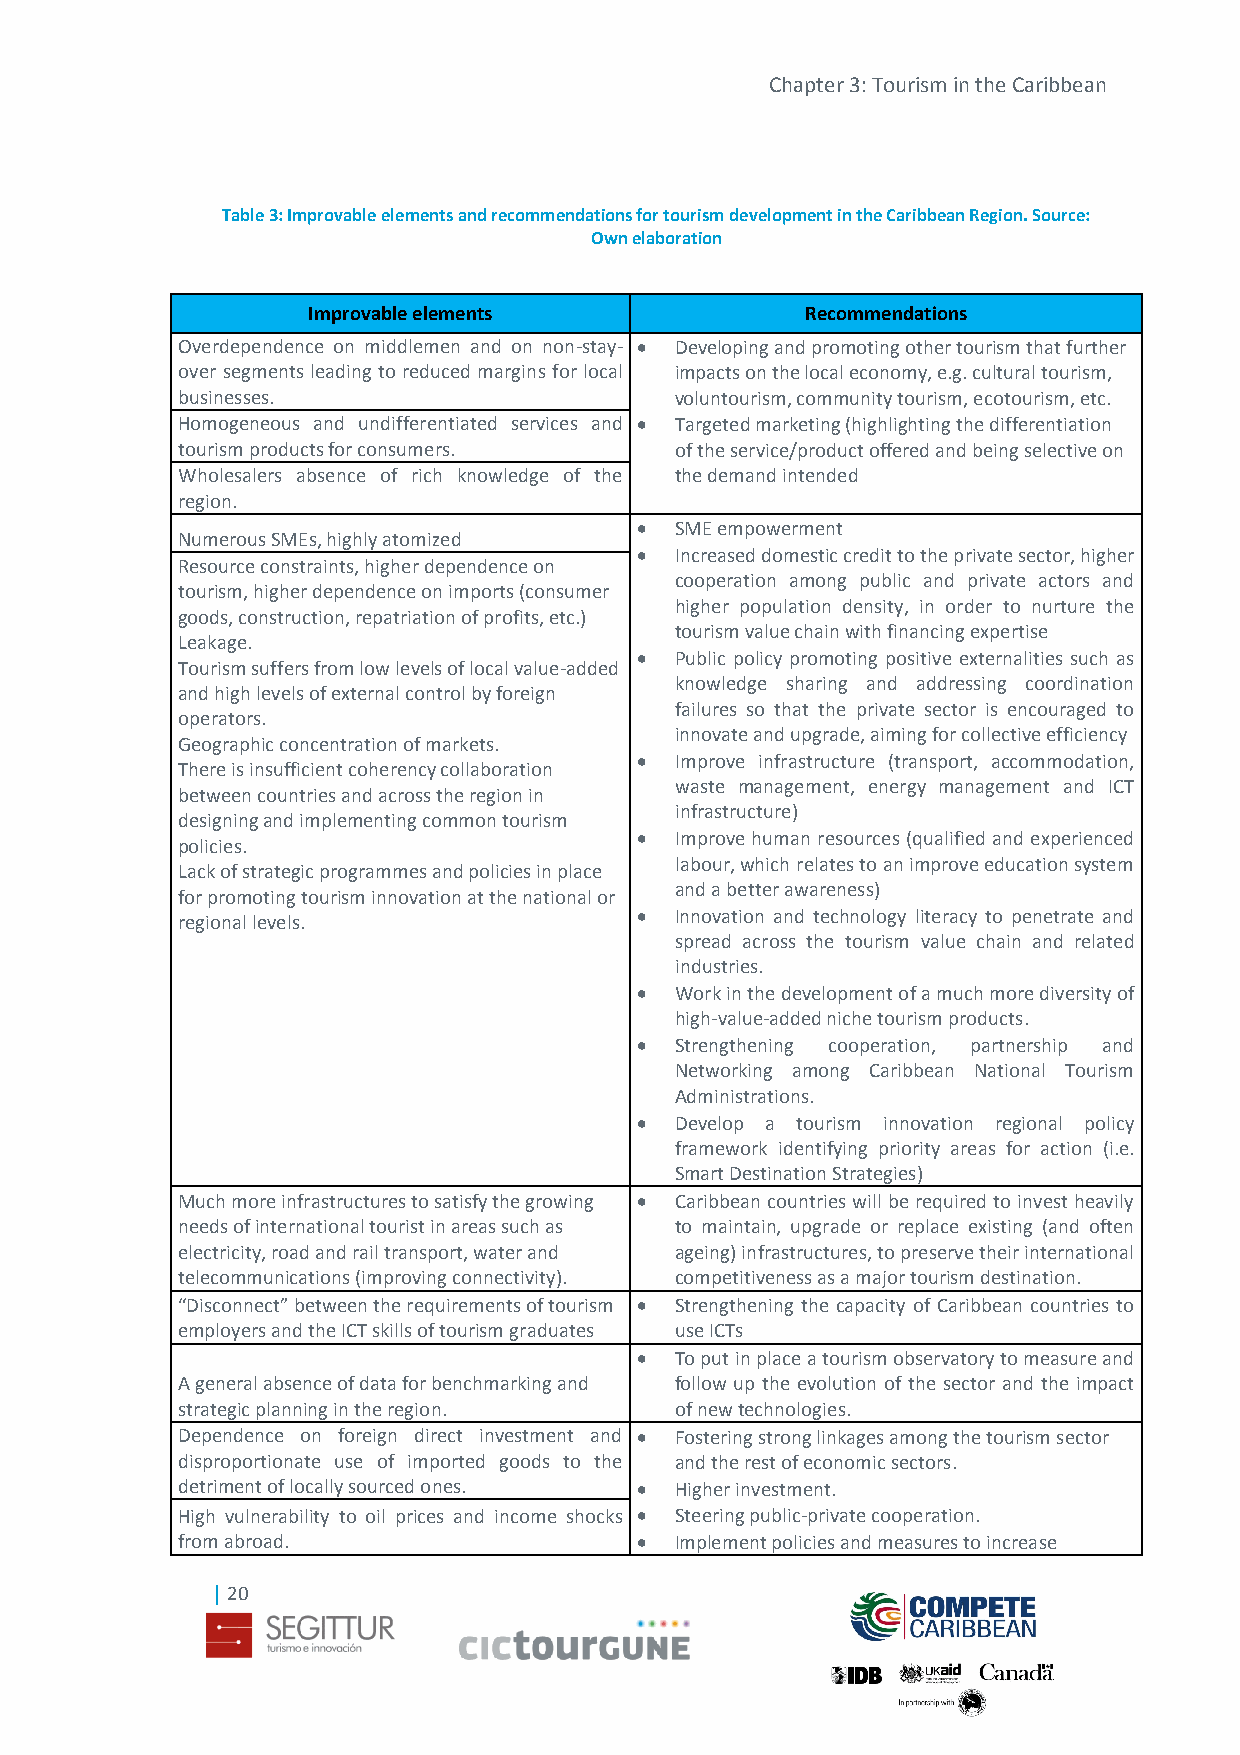
Chapter 3: Tourism in the Caribbean
 Table 3: Improvable elements and recommendations for tourism development in the Caribbean Region. Source:
 Own elaboration
 Improvable elements              Recommendations
 Overdependence on middlemen and on non-stay-  Developing and promoting other tourism that further
 over segments leading to reduced margins for local impacts on the local economy, e.g. cultural tourism,
 businesses.                      voluntourism, community tourism, ecotourism, etc.
 Homogeneous and undifferentiated services and  Targeted marketing (highlighting the differentiation
 tourism products for consumers.  of the service/product offered and being selective on
 Wholesalers absence of rich knowledge of the the demand intended
 region.
   SME empowerment
 Numerous SMEs, highly atomized
   Increased domestic credit to the private sector, higher
 Resource constraints, higher dependence on
 cooperation among public and private actors and
 tourism, higher dependence on imports (consumer
 higher population density, in order to nurture the
 goods, construction, repatriation of profits, etc.)
 tourism value chain with financing expertise
 Leakage.
   Public policy promoting positive externalities such as
 Tourism suffers from low levels of local value-added
 knowledge sharing and addressing coordination
 and high levels of external control by foreign
 failures so that the private sector is encouraged to
 operators.
 innovate and upgrade, aiming for collective efficiency
 Geographic concentration of markets.
   Improve infrastructure (transport, accommodation,
 There is insufficient coherency collaboration
 waste management, energy management and ICT
 between countries and across the region in
 infrastructure)
 designing and implementing common tourism
   Improve human resources (qualified and experienced
 policies.
 labour, which relates to an improve education system
 Lack of strategic programmes and policies in place
 and a better awareness)
 for promoting tourism innovation at the national or
   Innovation and technology literacy to penetrate and
 regional levels.
 spread across the tourism value chain and related
 industries.
   Work in the development of a much more diversity of
 high-value-added niche tourism products.
   Strengthening cooperation, partnership and
 Networking among Caribbean National Tourism
 Administrations.
   Develop a tourism innovation regional policy
 framework identifying priority areas for action (i.e.
 Smart Destination Strategies)
 Much more infrastructures to satisfy the growing  Caribbean countries will be required to invest heavily
 needs of international tourist in areas such as to maintain, upgrade or replace existing (and often
 electricity, road and rail transport, water and ageing) infrastructures, to preserve their international
 telecommunications (improving connectivity). competitiveness as a major tourism destination.
 “Disconnect” between the requirements of tourism  Strengthening the capacity of Caribbean countries to
 employers and the ICT skills of tourism graduates use ICTs
   To put in place a tourism observatory to measure and
 A general absence of data for benchmarking and follow up the evolution of the sector and the impact
 strategic planning in the region. of new technologies.
 Dependence on foreign direct investment and  Fostering strong linkages among the tourism sector
 disproportionate use of imported goods to the and the rest of economic sectors.
 detriment of locally sourced ones.  Higher investment.
 High vulnerability to oil prices and income shocks  Steering public-private cooperation.
 from abroad.                    Implement policies and measures to increase
 | 20